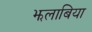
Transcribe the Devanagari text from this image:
झलाबिया